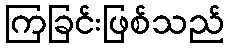
ကြခြင်းဖြစ်သည်